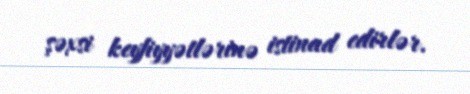
şəxsi keyfiyyətlərinə istinad edirlər.